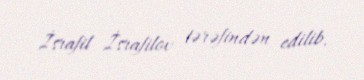
İsrafil İsrafilov tərəfindən edilib.